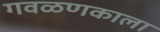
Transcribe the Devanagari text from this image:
गवळणकाला